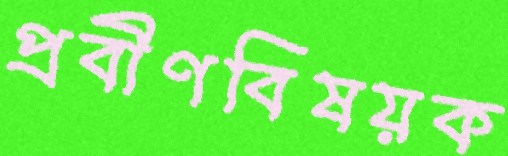
প্রবীণবিষয়ক